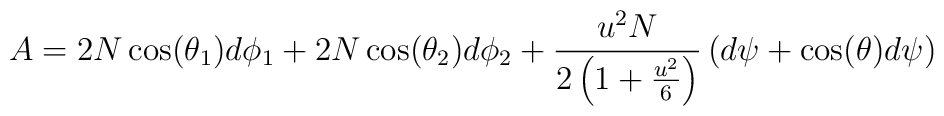
A=2N\cos (\theta _{1})d\phi _{1}+2N\cos (\theta _{2})d\phi _{2}+\frac{u^{2}N}{2\left( 1+\frac{u^{2}}{6}\right) }\left( d\psi +\cos (\theta )d\psi \right)